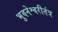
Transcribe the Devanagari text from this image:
भुवनेश्वरीतंत्र